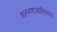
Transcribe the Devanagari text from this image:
कलनशास्त्राशिवाय